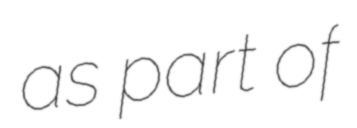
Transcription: as part of